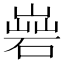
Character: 𡻦